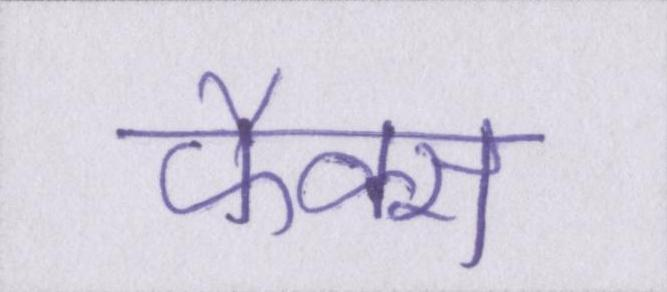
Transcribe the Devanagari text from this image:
फैक्स